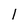
Character: 1